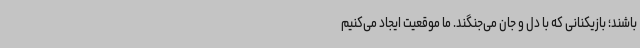
باشند؛ بازیکنانی که با دل و جان می‌جنگند. ما موقعیت ایجاد می‌کنیم